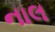
નાલ